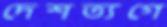
দেশত্যগে